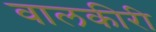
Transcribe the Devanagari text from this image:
वालकीरी